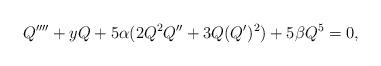
LaTeX: \begin{align*} Q'''' + y Q + 5\alpha (2 Q^2 Q'' + 3 Q (Q')^2) + 5\beta Q^5 =0,\end{align*}